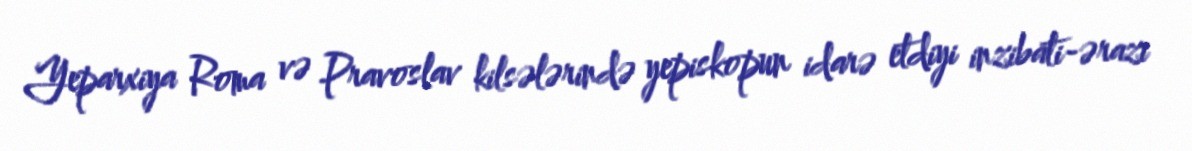
Yeparxiya Roma və Pravoslav kilsələrində yepiskopun idarə etdiyi inzibati-ərazi